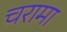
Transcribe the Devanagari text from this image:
चरामा